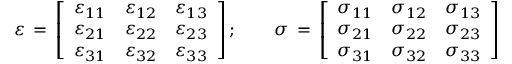
{ \boldsymbol { \varepsilon } } \, = \, { \left[ \begin{array} { l l l } { \varepsilon _ { 1 1 } } & { \varepsilon _ { 1 2 } } & { \varepsilon _ { 1 3 } } \\ { \varepsilon _ { 2 1 } } & { \varepsilon _ { 2 2 } } & { \varepsilon _ { 2 3 } } \\ { \varepsilon _ { 3 1 } } & { \varepsilon _ { 3 2 } } & { \varepsilon _ { 3 3 } } \end{array} \right] } \, ; \qquad { \boldsymbol { \sigma } } \, = \, { \left[ \begin{array} { l l l } { \sigma _ { 1 1 } } & { \sigma _ { 1 2 } } & { \sigma _ { 1 3 } } \\ { \sigma _ { 2 1 } } & { \sigma _ { 2 2 } } & { \sigma _ { 2 3 } } \\ { \sigma _ { 3 1 } } & { \sigma _ { 3 2 } } & { \sigma _ { 3 3 } } \end{array} \right] }